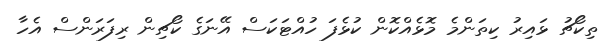
ތިކޯޗު ޅައިރު ކިތަންމެ މޮޅެއްކޮން ކުޅެފަ ހުއްޓަކަސް އޭނަގެ ކޯޗިން ރިފަރަންސް އެހާ